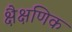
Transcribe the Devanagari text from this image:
क्षैक्षणिक